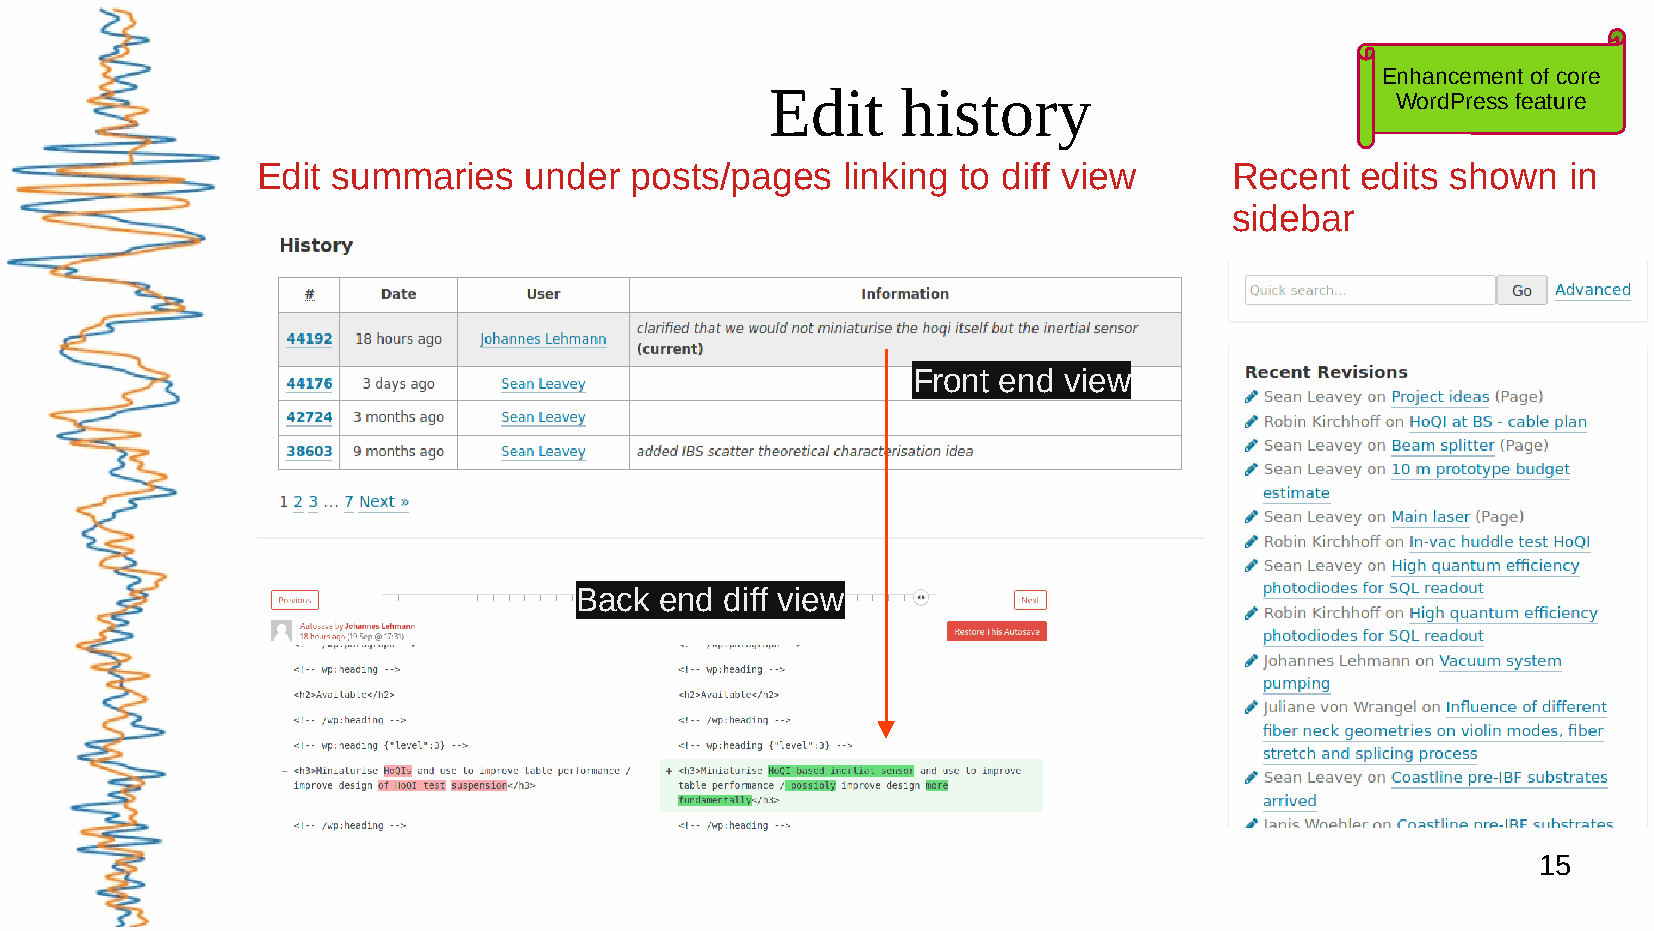
Edit     history                        Enhancement of core
 WordPress feature
 Edit summaries    under  posts/pages   linking to diff view      Recent  edits shown   in
 sidebar
 Front end view
 Back  end diff view
 15